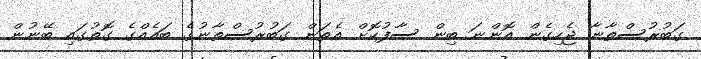
ގަބުރުސްތާނާ ޖެހިގެން އޮންނަ ބިން ސާފުކޮށް އެތަން ގަބުރުސްތާނުގެ ބައެއްގެ ގޮތުގައި ބޭނުން